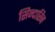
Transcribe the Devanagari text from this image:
सिन्दारिन